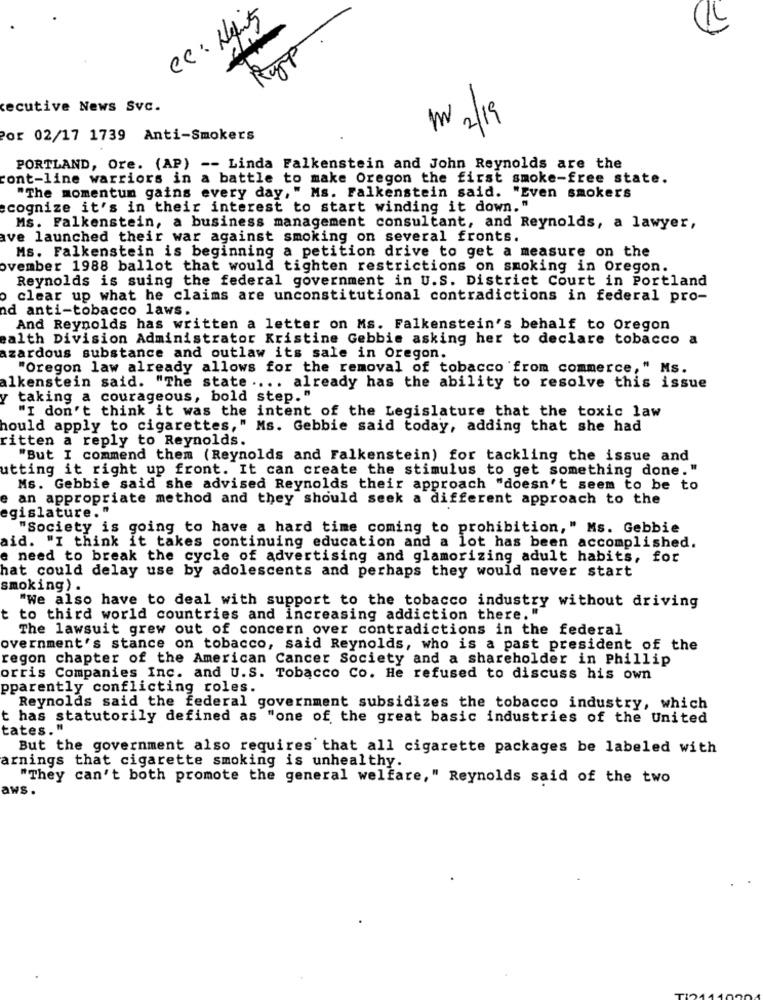
Cc : Hems
cecutive News Svc.
1 2/19
Por 02/17 1739 Anti-Smokers
PORTLAND, Ore. (AP) -- Linda Falkenstein and John Reynolds are the
cont-line warriors in a battle to make Oregon the first smoke-free state.
"The momentum gains every day," Ms. Falkenstein said. "Even smokers
cognize it's in their interest to start winding it down."
Ms. Falkenstein, a business management consultant, and Reynolds, a lawyer,
ave launched their war against smoking on several fronts.
Ms. Falkenstein is beginning a petition drive to get a measure on the
ovember 1988 ballot that would tighten restrictions on smoking in Oregon.
Reynolds is suing the federal government in U.S. District Court in Portland
clear up what he claims are unconstitutional contradictions in federal pro-
nd anti-tobacco laws.
And Reynolds has written a letter on Ms. Falkenstein's behalf to Oregon
ealth Division Administrator Kristine Gebbie asking her to declare tobacco a
azardous substance and outlaw its sale in Oregon.
"Oregon law already allows for the removal of tobacco 'from commerce," Ms.
alkenstein said. "The state .... already has the ability to resolve this issue
Y
taking a courageous, bold step. "
"I don't think it was the intent of the Legislature that the toxic law
hould apply to cigarettes," Ms. Gebbie said today, adding that she had
ritten a reply to Reynolds.
"But I commend them (Reynolds and Falkenstein) for tackling the issue and
utting it right up front. It can create the stimulus to get something done."
Ms. Gebbie said she advised Reynolds their approach "doesn't seem to be to
an appropriate method and they should seek a different approach to the
egislature. "
"Society is going to have a hard time coming to prohibition," Ms. Gebbie
aid. "I think it takes continuing education and a lot has been accomplished.
e need to break the cycle of advertising and glamorizing adult habits, for
hat could delay use by adolescents and perhaps they would never start
smoking) .
"We also have to deal with support to the tobacco industry without driving
t to third world countries and increasing addiction there. "
The lawsuit grew out of concern over contradictions in the federal
overnment's stance on tobacco, said Reynolds, who is a past president of the
regon chapter of the American Cancer Society and a shareholder in Phillip
orris Companies Inc. and U.S. Tobacco Co. He refused to discuss his own
pparently conflicting roles.
Reynolds said the federal government subsidizes the tobacco industry, which
t has statutorily defined as "one of the great basic industries of the United
tates."
But the government also requires that all cigarette packages be labeled with
arnings that cigarette smoking is unhealthy.
"They can't both promote the general welfare," Reynolds said of the two
aws.